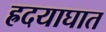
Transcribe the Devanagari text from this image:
ह्रदयाघात